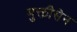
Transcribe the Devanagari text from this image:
मुक्तीसेन